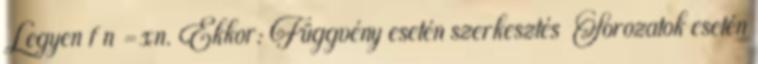
Legyen f n =xn. Ekkor: Függvény esetén szerkesztés Sorozatok esetén